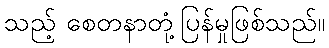
သည့် စေတနာတုံ့ပြန်မှုဖြစ်သည်။